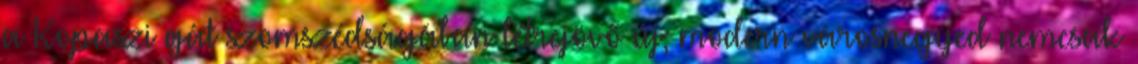
a Kopaszi gát szomszédságában létrejövő új, modern városnegyed nemcsak